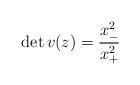
LaTeX: \begin{align*}\det v(z)=\displaystyle{\frac{x^{2}_{-}}{x^{2}_{+}}}\end{align*}